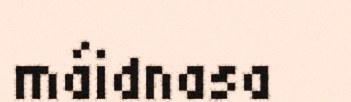
máidnasa